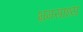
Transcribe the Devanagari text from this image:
भ्रमसाध्य